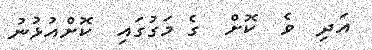
އަދި  ވެ  ކޮށް  ގެ މަގުގައި  ކޮށްއުޅުނު